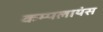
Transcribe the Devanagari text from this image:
कम्पलायंस